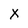
Character: X